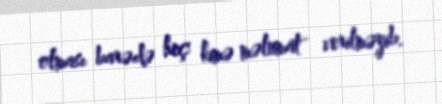
olması barədə heç kimə məlumat verilməyib.